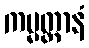
ကမ္မတ္တာနံ